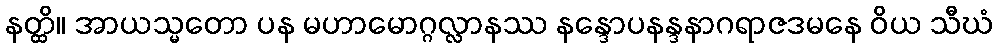
နတ္ထိ။ အာယသ္မတော ပန မဟာမောဂ္ဂလ္လာနဿ နန္ဒောပနန္ဒနာဂရာဇဒမနေ ဝိယ သီဃံ